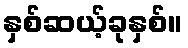
နှစ်ဆယ့်ခုနှစ်။